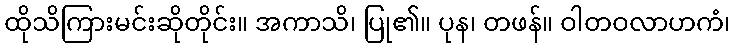
ထိုသိကြားမင်းဆိုတိုင်း။ အကာသိ၊ ပြု၏။ ပုန၊ တဖန်။ ဝါတဝလာဟကံ၊